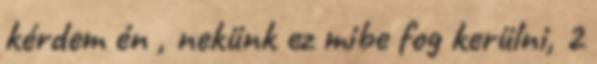
kérdem én , nekünk ez mibe fog kerülni, 2